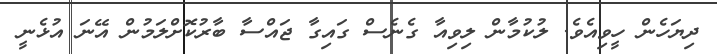
ދިޔަހެން ހީވިއެވެ. ލުކުމާން ލިވިއާ ގެނެސް ގައިގާ ޖައްސާ ބާރުކޮށްލަމުން އޭނަ އުޅެނީ